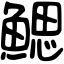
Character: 鰓